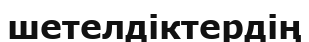
шетелдіктердің